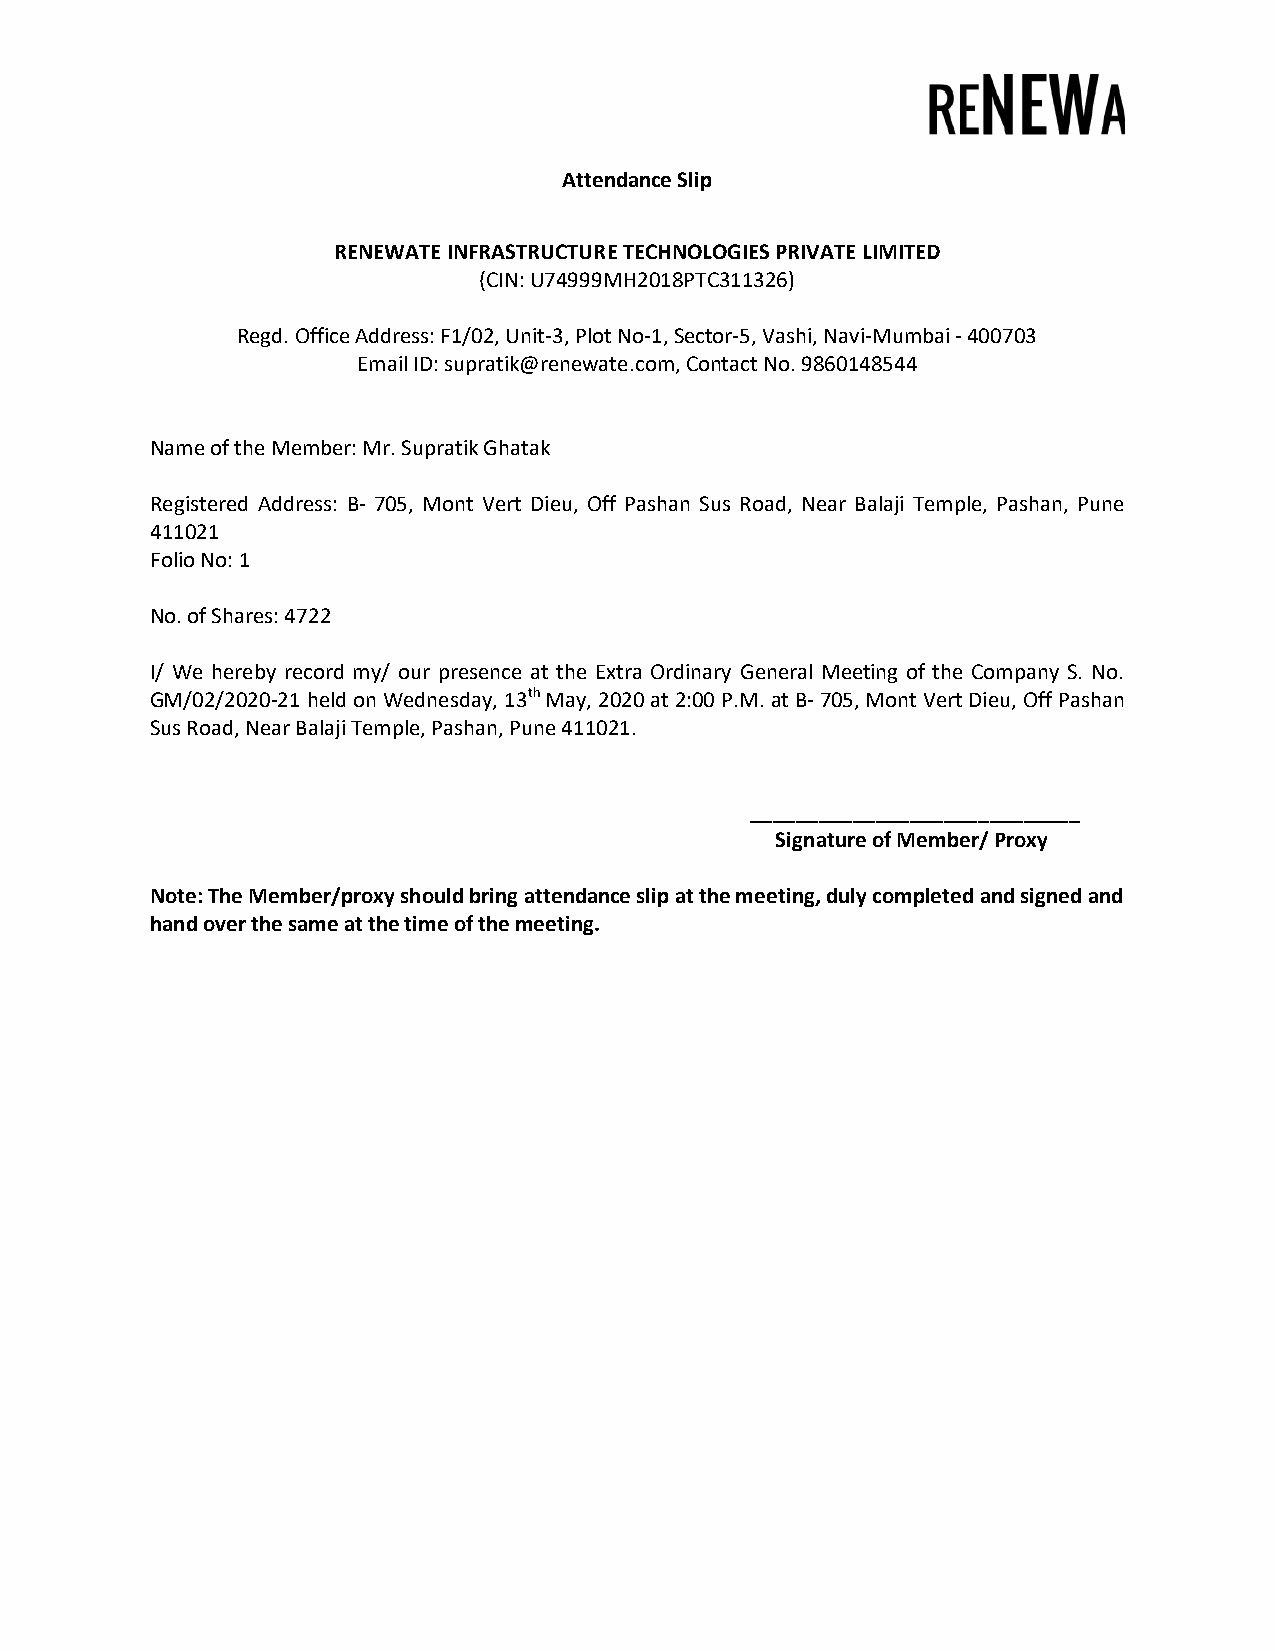
Attendance Slip
 RENEWATE INFRASTRUCTURE TECHNOLOGIES PRIVATE LIMITED
 (CIN: U74999MH2018PTC311326)
 Regd. Office Address: F1/02, Unit-3, Plot No-1, Sector-5, Vashi, Navi-Mumbai - 400703
 Email ID: supratik@renewate.com, Contact No. 9860148544
 Name of the Member: Mr. Supratik Ghatak
 Registered Address: B- 705, Mont Vert Dieu, Off Pashan Sus Road, Near Balaji Temple, Pashan, Pune
 411021
 Folio No: 1
 No. of Shares: 4722
 I/ We hereby record my/ our presence at the Extra Ordinary General Meeting of the Company S. No.
 GM/02/2020-21 held on Wednesday, 13th May, 2020 at 2:00 P.M. at B- 705, Mont Vert Dieu, Off Pashan
 Sus Road, Near Balaji Temple, Pashan, Pune 411021.
 _____________________________
 Signature of Member/ Proxy
 Note: The Member/proxy should bring attendance slip at the meeting, duly completed and signed and
 hand over the same at the time of the meeting.